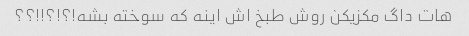
هات داگ مکزیکن روش طبخ اش اینه که سوخته بشه!؟!؟!!؟؟